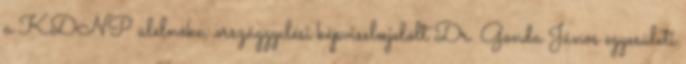
a KDNP alelnöke, országgyılési képviselœjelölt Dr. Gonda János egyesületi